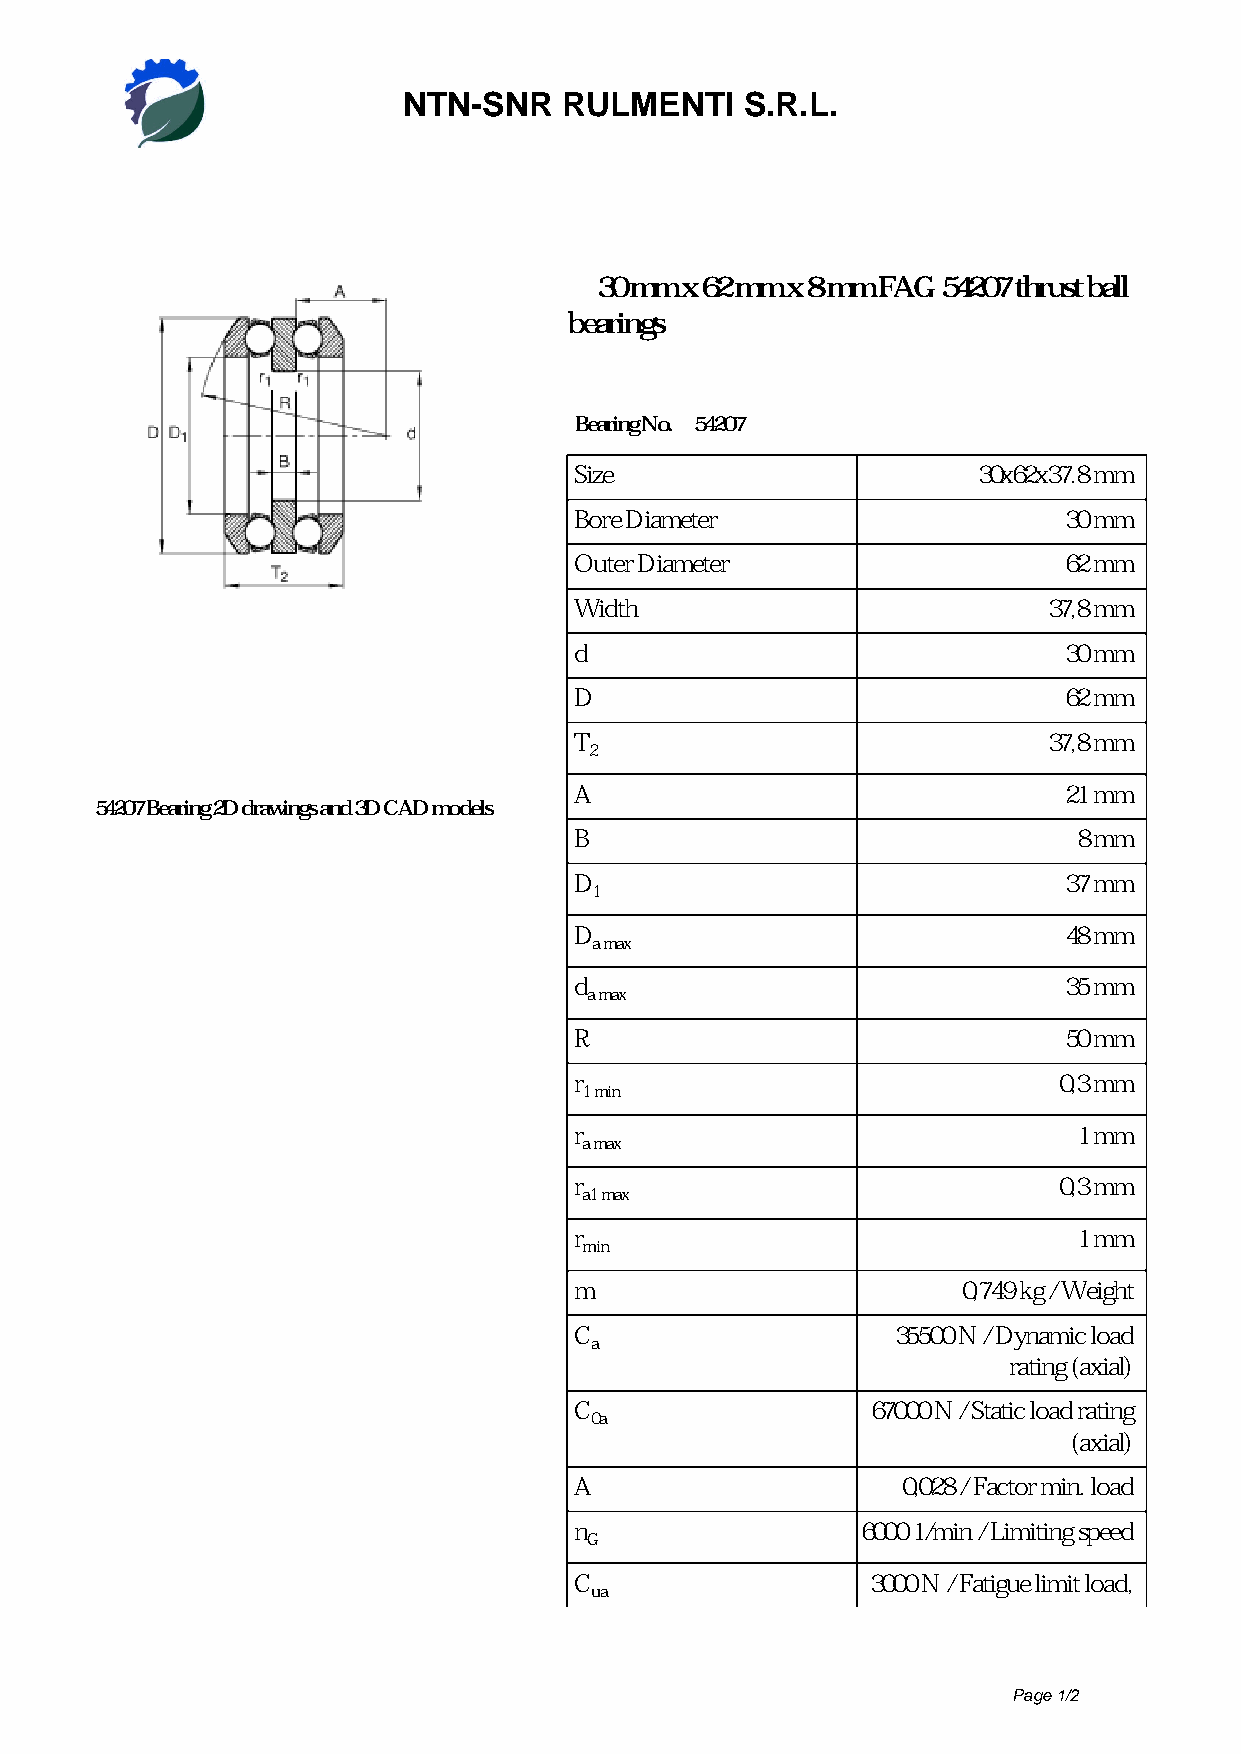
NTN-SNR   RULMENTI    S.R.L.
 30 mm x 62 mm x 8 mm FAG 54207 thrust ball
 bearings
 Bearing No. 54207
 Size                       30x62x37.8 mm
 Bore Diameter                   30 mm
 Outer Diameter                  62 mm
 Width                          37,8 mm
 d                               30 mm
 D                               62 mm
 T                              37,8 mm
 2
 A                               21 mm
 54207 Bearing 2D drawings and 3D CAD models
 B                                8 mm
 D                               37 mm
 1
 D                               48 mm
 a max
 d                               35 mm
 a max
 R                               50 mm
 r                               0,3 mm
 1 min
 r                                1 mm
 a max
 r                               0,3 mm
 a1 max
 r                                1 mm
 min
 m                         0,749 kg / Weight
 C                    35500 N / Dynamic load
 a
 rating (axial)
 C                   67000 N / Static load rating
 0a
 (axial)
 A                     0,028 / Factor min. load
 n                  6000 1/min / Limiting speed
 G
 C                   3000 N / Fatigue limit load,
 ua
 Page 1/2